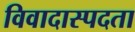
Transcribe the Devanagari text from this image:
विवादास्पदता